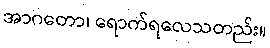
အာဂတော၊ ရောက်ရလေသတည်း။